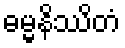
ဓမ္မနိဿိတံ